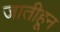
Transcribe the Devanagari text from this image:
जातीहून